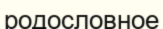
родословное